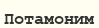
Потамоним